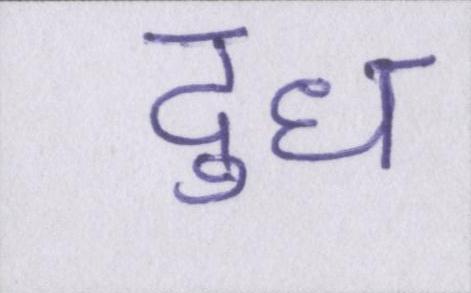
दुध